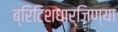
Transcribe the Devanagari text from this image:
ब्रिटिशधार्जिण्या